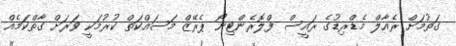
ގަތުމަށް ރެއާލް މެޑްރިޑުގެ ރައީސް ފްލޮރެންޓިނޯ ޕެރޭޒް މަސައްކަތް ކުރުމަކީ ވަރަށް ގާތްކަމެއް